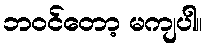
ဘဝင်တော့ မကျပါ။